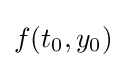
f(t_{0},y_{0})